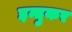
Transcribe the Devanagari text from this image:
इन्दुकर